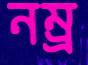
নম্র্র